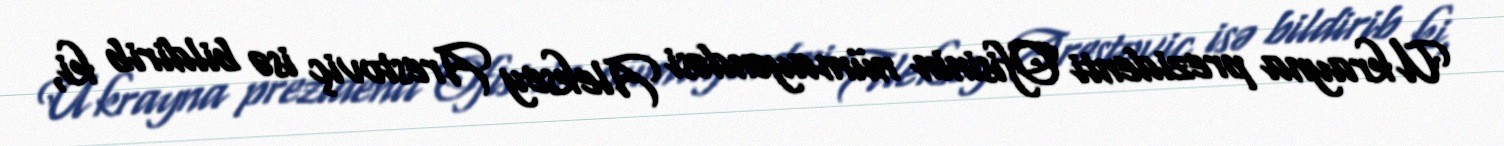
Ukrayna prezidenti Ofisinin nümayəndəsi Aleksey Arestoviç isə bildirib ki,